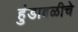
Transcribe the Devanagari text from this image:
हुंडाबळीचे